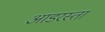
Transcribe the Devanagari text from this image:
आडरस्ता